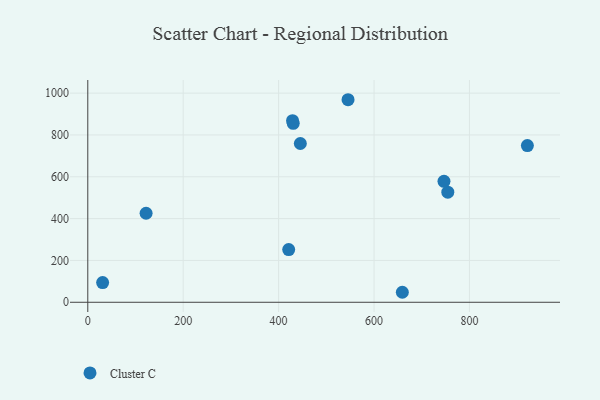
{"axis": {"x": "Ad Spend", "y": "Sales"}, "legend": ["Cluster C"], "data": [{"x": "421.1", "y": 252.1, "type": "Cluster C"}, {"x": "754.6", "y": 526.2, "type": "Cluster C"}, {"x": "659.3", "y": 47.8, "type": "Cluster C"}, {"x": "746.6", "y": 578.2, "type": "Cluster C"}, {"x": "429.2", "y": 868.0, "type": "Cluster C"}, {"x": "31.1", "y": 94.3, "type": "Cluster C"}, {"x": "545.5", "y": 968.4, "type": "Cluster C"}, {"x": "921.4", "y": 749.4, "type": "Cluster C"}, {"x": "122.2", "y": 425.7, "type": "Cluster C"}, {"x": "430.6", "y": 855.6, "type": "Cluster C"}, {"x": "445.5", "y": 759.1, "type": "Cluster C"}]}